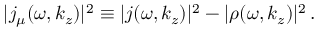
| j _ { \mu } ( \omega , k _ { z } ) | ^ { 2 } \equiv | \boldsymbol { j } ( \omega , k _ { z } ) | ^ { 2 } - | \rho ( \omega , k _ { z } ) | ^ { 2 } \, .